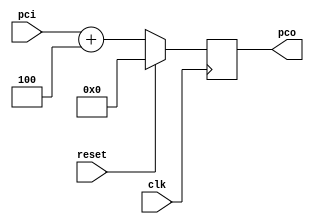
module addr (clk, reset, pci, pco);

input clk, reset;
input [7:0] pci; // program count in
output reg [7:0] pco;  // program count out
	
	always @ (posedge clk)
	begin
	if (reset) 
		pco = 8'd0;
	else 
		pco = pci + 8'd4;
	end

endmodule